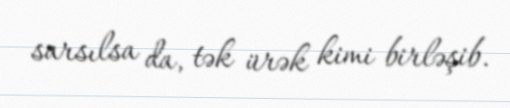
sarsılsa da, tək ürək kimi birləşib.